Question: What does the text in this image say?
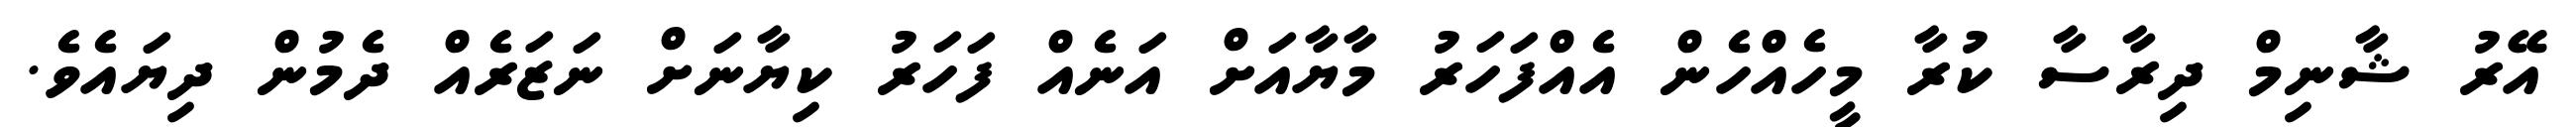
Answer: އޭރު ޝާނިމް ދިރާސާ ކުރާ މީހެއްހެން އެއްފަހަރު މާޔާއަށް އަނެއް ފަހަރު ކިޔާނަށް ނަޒަރެއް ދެމުން ދިޔައެވެ.